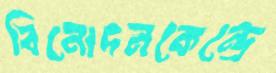
বিনোদনকেন্দ্রে